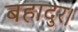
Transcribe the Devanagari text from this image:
बहादुर।